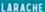
ARACHE